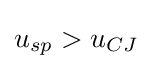
u_{sp}>u_{CJ}